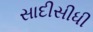
સાદીસીધી